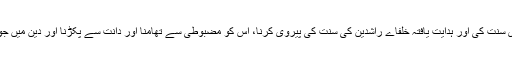
تم میں سے جو لوگ میرے بعد زندہ رہیں گے ، وہ اب اور تب میں بڑا فرق محسوس کریں گے تو تم میری سنت کی اور ہدایت یافتہ خلفاے راشدین کی سنت کی پیروی کرنا، اس کو مضبوطی سے تھامنا اور دانت سے پکڑنا اور دین میں جو نئی باتیں گھسائی جائیں، ان سے خبردار رہنا، کیونکہ ہر ایسی بات بدعت ہے اور ہر بدعت گمراہی ہے ۔